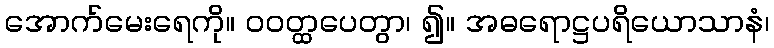
အောက်မေးရေကို။ ဝဝတ္ထပေတွာ၊ ၍။ အဓရောဋ္ဌပရိယောသာနံ၊